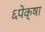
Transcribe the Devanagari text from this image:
६पेक्षा